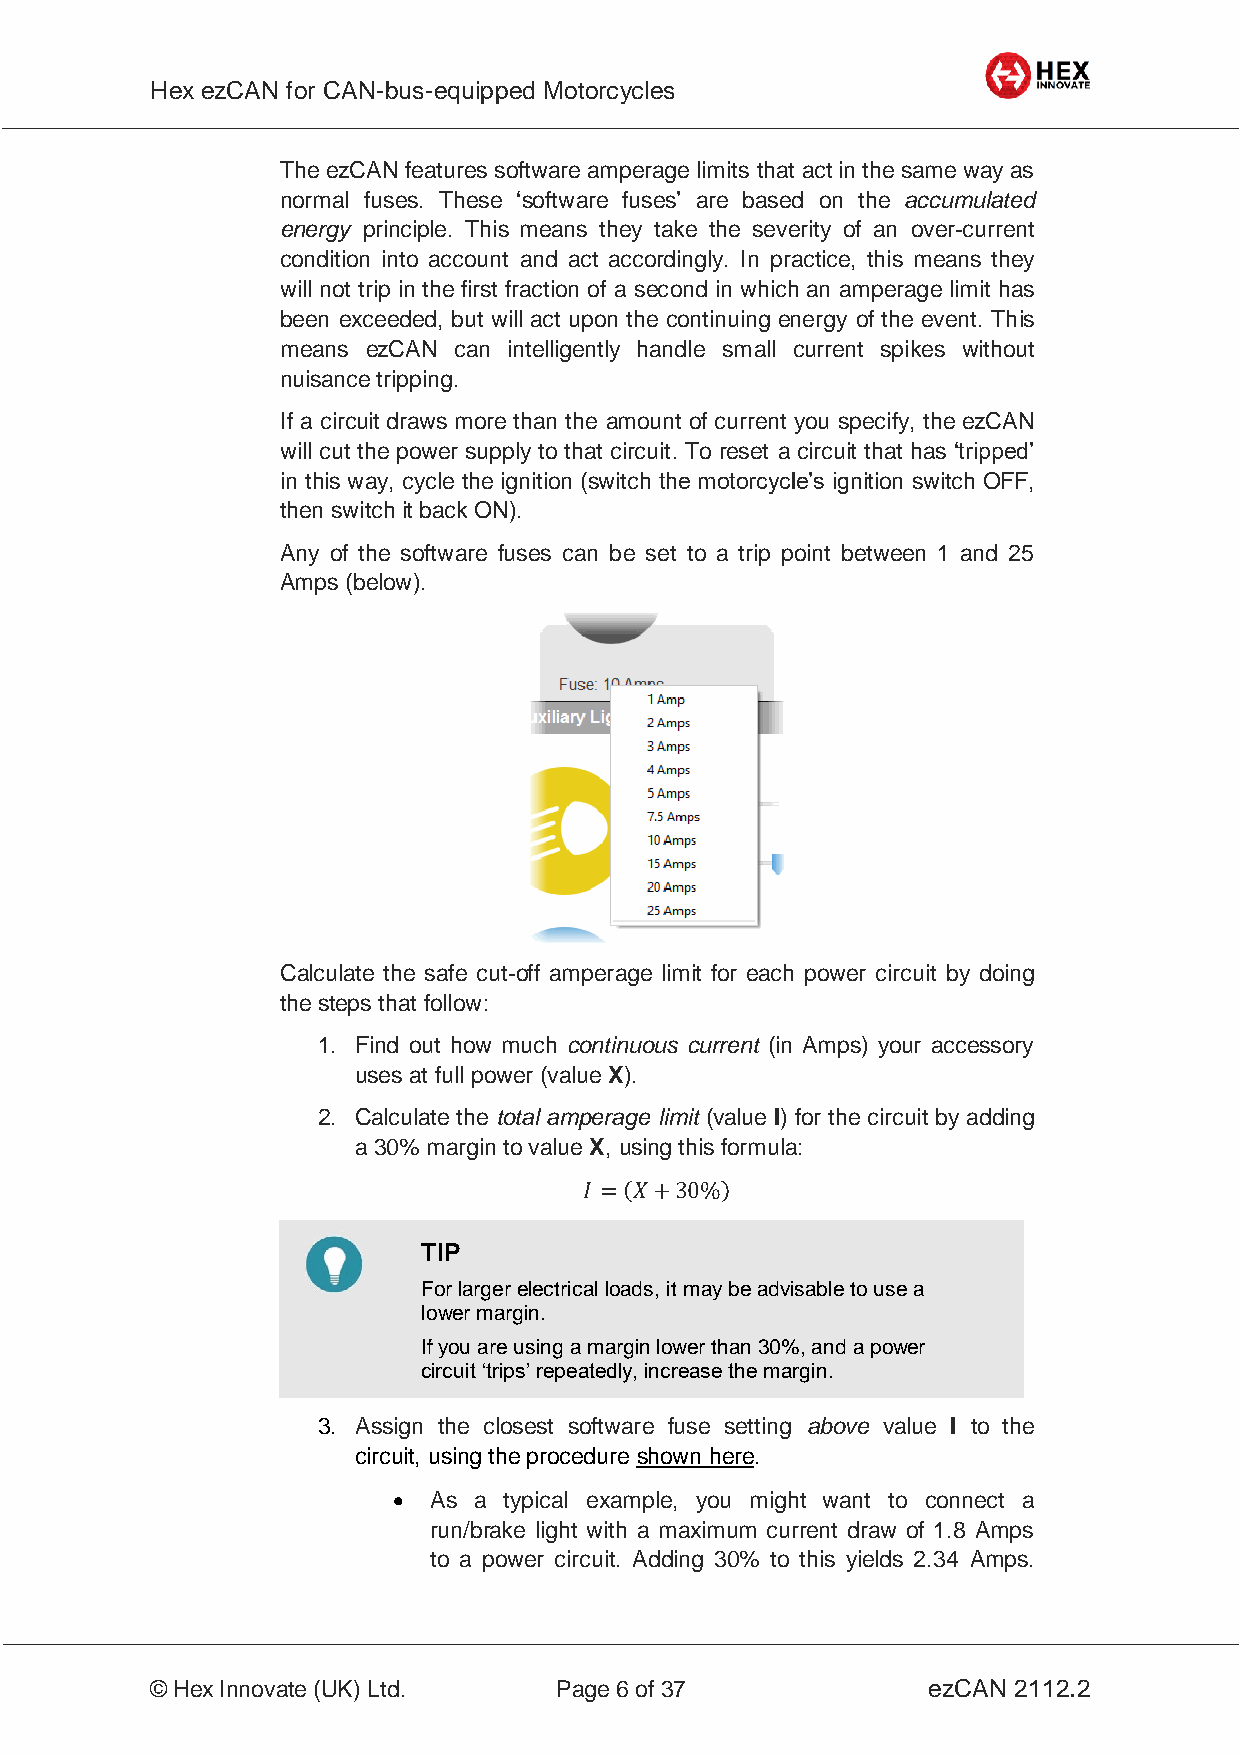
Hex ezCAN for CAN-bus-equipped Motorcycles
 _________________________________________________________________________________________________
 The ezCAN features software amperage limits that act in the same way as
 normal fuses. These ‘software fuses’ are based on the accumulated
 energy principle. This means they take the severity of an over-current
 condition into account and act accordingly. In practice, this means they
 will not trip in the first fraction of a second in which an amperage limit has
 been exceeded, but will act upon the continuing energy of the event. This
 means ezCAN can intelligently handle small current spikes without
 nuisance tripping.
 If a circuit draws more than the amount of current you specify, the ezCAN
 will cut the power supply to that circuit. To reset a circuit that has ‘tripped’
 in this way, cycle the ignition (switch the motorcycle’s ignition switch OFF,
 then switch it back ON).
 Any of the software fuses can be set to a trip point between 1 and 25
 Amps (below).
 Calculate the safe cut-off amperage limit for each power circuit by doing
 the steps that follow:
 1. Find out how much continuous current (in Amps) your accessory
 uses at full power (value X).
 2. Calculate the total amperage limit (value I) for the circuit by adding
 a 30% margin to value X, using this formula:
 𝐼 =(𝑋+30%)
 TIP
 For larger electrical loads, it may be advisable to use a
 lower margin.
 If you are using a margin lower than 30%, and a power
 circuit ‘trips’ repeatedly, increase the margin.
 3. Assign the closest software fuse setting above value I to the
 circuit, using the procedure shown here.
  As a typical example, you might want to connect a
 run/brake light with a maximum current draw of 1.8 Amps
 to a power circuit. Adding 30% to this yields 2.34 Amps.
 _________________________________________________________________________________________________
 © Hex Innovate (UK) Ltd.   Page 6 of 37            ezCAN 2112.2